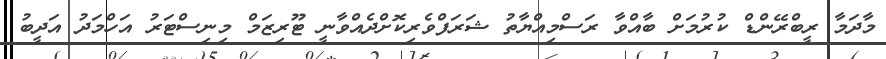
މާދަމާ ރީބްރޭންޑް ކުރުމަށް ބާއްވާ ރަސްމިއްޔާތު ޝަރަފްވެރިކޮށްދެއްވާނީ ޓޫރިޒަމް މިނިސްޓަރު އަހްމަދު އަދީބު